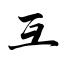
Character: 互